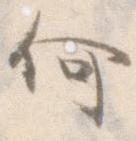
何